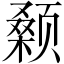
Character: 颡